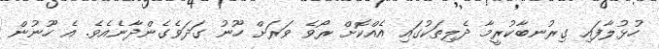
ހުޅުލާފައި ގިރުނބާކުރީމާ ދެލިތަކުގައި އެއްކޮށް ރޯވެ ވަރަށް ހޫނު ގަދަވެގެންދާނެއެވެ. އެ ހޫނުން